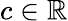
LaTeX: c\in\mathbb R